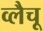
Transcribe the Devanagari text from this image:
व्लैचू